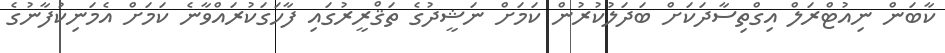
ކާބަން ނިއުޓްރަލް އިގްތިސާދަކަށް ބަދަލުކުރުން ކަމަށް ނަޝީދުގެ ތަޤްރީރުގައި ފާހަގަކުރައްވާނެ ކަމަށް އެމަނިކުފާނުގެ